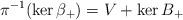
LaTeX: \begin{align*} \pi^{-1}(\ker \beta_+) = V + \ker B_+\end{align*}